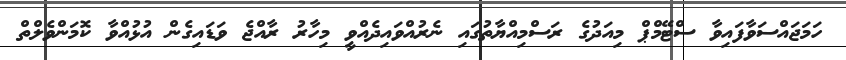
ހަމަޖައްސަވާފައިވާ ސްޓޭމްޕް މިއަދުގެ ރަސްމިއްޔާތުގައި ނެރުއްވައިދެއްވީ މިހާރު ރާއްޖެ ވަޑައިގެން އުޅުއްވާ ކޮމަންވެލްތް